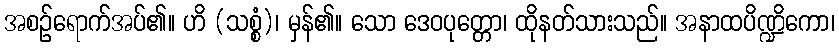
အစဉ်ရောက်အပ်၏။ ဟိ (သစ္စံ)၊ မှန်၏။ သော ဒေဝပုတ္တော၊ ထိုနတ်သားသည်။ အနာထပိဏ္ဍိကော၊